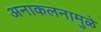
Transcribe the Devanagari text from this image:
अनाकलनामुळे